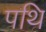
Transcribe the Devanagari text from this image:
पथि